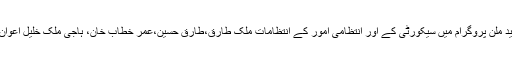
عید ملن پروگرام میں سیکورٹی کے اور انتظامی امور کے انتظامات ملک طارق،طارق حسین،عمر خطاب خان، ہاجی ملک خلیل اعوان،۔